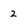
Character: 2